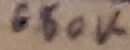
Text: 680K